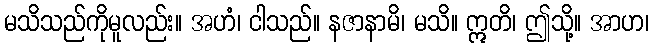
မသိသည်ကိုမူလည်း။ အဟံ၊ ငါသည်။ နဇာနာမိ၊ မသိ။ ဣတိ၊ ဤသို့။ အာဟ၊